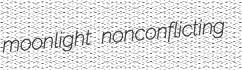
moonlight nonconflicting